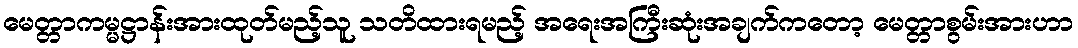
မေတ္တာကမ္မဋ္ဌာန်းအားထုတ်မည့်သူ သတိထားရမည့် အရေးအကြီးဆုံးအချက်ကတော့ မေတ္တာစွမ်းအားဟာ